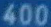
400